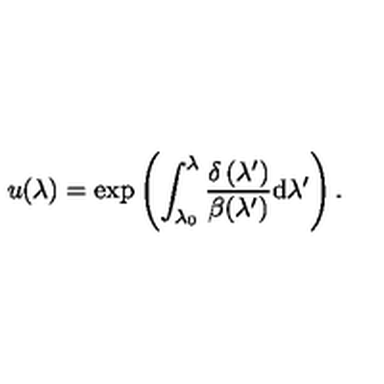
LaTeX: u ( \lambda ) = \exp \left( \int _ { \lambda _ { 0 } } ^ { \lambda } \frac { \delta \left( \lambda ^ { \prime } \right) } { \beta ( \lambda ^ { \prime } ) } \mathrm { d } \lambda ^ { \prime } \right) .